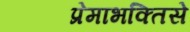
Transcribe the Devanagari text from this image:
प्रेमाभक्तिसे